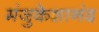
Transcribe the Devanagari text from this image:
मंजुकेशानंद